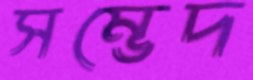
সম্ভেদ